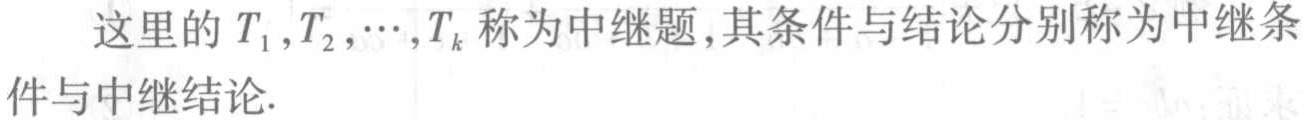
这里的 \(T_1,T_2,\cdots,T_k\) 称为中继题,其条件与结论分别称为中继条件与中继结论.